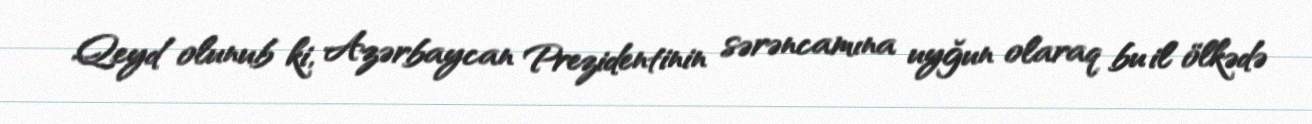
Qeyd olunub ki, Azərbaycan Prezidentinin sərəncamına uyğun olaraq bu il ölkədə